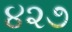
૪૨૭